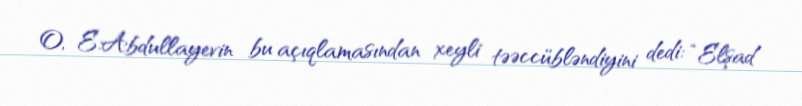
O, E.Abdullayevin bu açıqlamasından xeyli təəccübləndiyini dedi: “Elşad